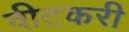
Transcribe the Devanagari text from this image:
वीटकरी